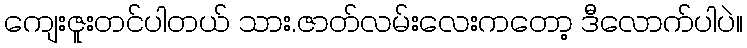
ကျေးဇူးတင်ပါတယ် သား.ဇာတ်လမ်းလေးကတော့ ဒီလောက်ပါပဲ။